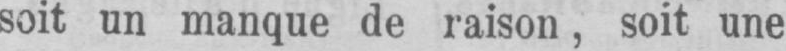
soit un manque de raison, soit une